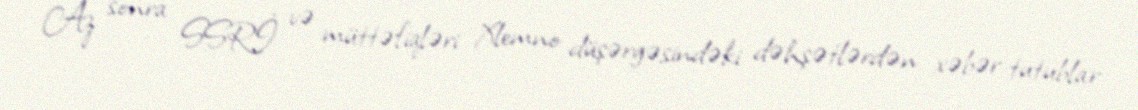
Az sonra SSRİ və müttəfiqləri Xlemno düşərgəsindəki dəhşətlərdən xəbər tutublar